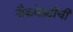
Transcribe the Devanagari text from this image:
नौकांसाठीची